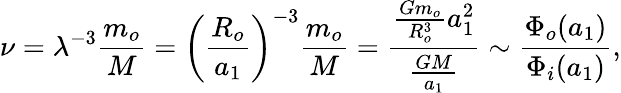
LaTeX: \nu=\lambda^{-3}\frac{m_{o}}{M}=\left(\frac{R_{o}}{a_{1}}\right)^{-3}\frac{m_{o}}{M}=\frac{\frac{Gm_{o}}{R_{o}^{3}}a_{1}^{2}}{\frac{GM}{a_{1}}}\sim\frac{\Phi_{o}(a_{1})}{\Phi_{i}(a_{1})},